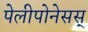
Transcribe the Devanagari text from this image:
पेलीपोनेसस्‌